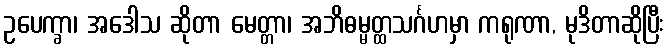
ဥပေက္ခာ၊ အဒေါသ ဆိုတာ မေတ္တာ၊ အဘိဓမ္မတ္ထသင်္ဂဟမှာ ကရုဏာ, မုဒိတာဆိုပြီး